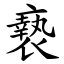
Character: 䙝